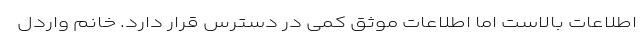
اطلاعات بالاست اما اطلاعات موثق کمی در دسترس قرار دارد. خانم واردل